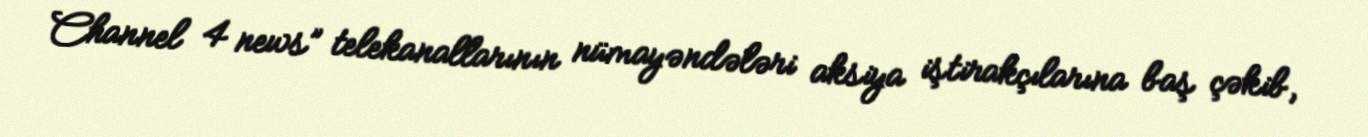
Channel 4 news” telekanallarının nümayəndələri aksiya iştirakçılarına baş çəkib,